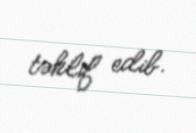
təklif edib.